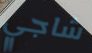
شاجي